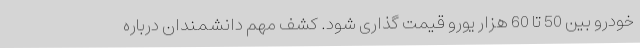
خودرو بین 50 تا 60 هزار یورو قیمت گذاری شود. کشف مهم دانشمندان درباره